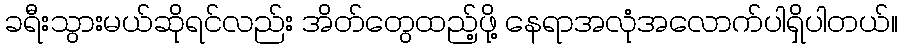
ခရီးသွားမယ်ဆိုရင်လည်း အိတ်တွေထည့်ဖို့ နေရာအလုံအလောက်ပါရှိပါတယ်။